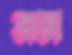
ভাতা